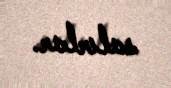
salırlar.